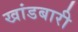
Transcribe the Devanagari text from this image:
खांडबारी